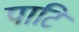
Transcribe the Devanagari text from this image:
पाटि